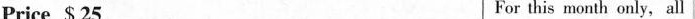
Price $25 For this month only，all